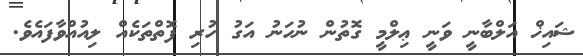
ޝައިޚް އަލްބާނީ ވަނީ ޢިލްމީ ގޮތުން ނުހަނު އަގު ހުރި ފޮތްތަކެއް ލިއުއްވާފައެވެ.